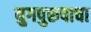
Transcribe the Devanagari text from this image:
युगपुरुषाचा